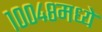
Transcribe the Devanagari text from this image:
१००४८मध्ये